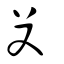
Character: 𠬠